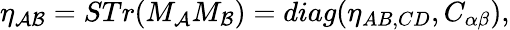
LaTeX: \eta_{{\cal AB}}=STr(M_{{\cal A}}M_{{\cal B}})=diag(\eta_{AB,CD},C_{\alpha\beta}),